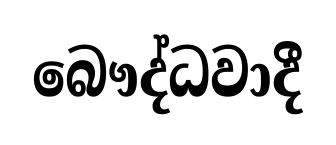
බෞද්ධවාදී